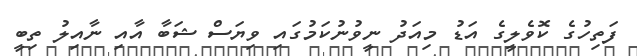
ފަތިހުގެ ކޮވެލީގެ އަޑު މިއަދު ނީވުނުކަމުގައި ވިޔަސް ޝަބާ އާއި ނާއިލު ތިބީ